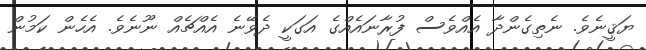
ޔަޤީނެވެ. ނެތިގެންދާ އެއްވެސް ފުރާނައެއްގެ އަގަކީ ދެވޭނެ އެއްޗެއް ނޫނެވެ. އެހެން ކަމުން